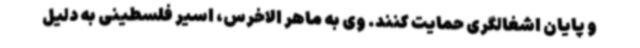
و پایان اشغالگری حمایت کنند. وی به ماهر الاخرس، اسیر فلسطینی به دلیل